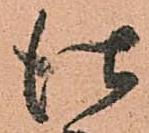
仕